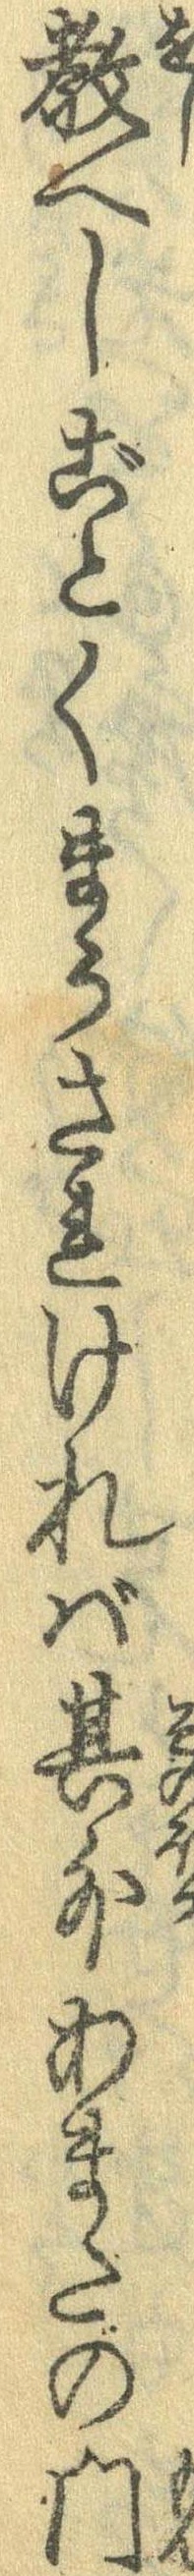
教へしごとくまうされければ其外あまたの門